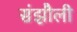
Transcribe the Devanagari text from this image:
संझौली